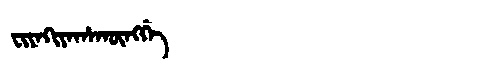
Manchu: ᠸᡳᠶᠠᡴᡳᠶᠠᡥᠠᡴᡡᠩᡤᡝ
Romanization: FIYAKIYAHAKŪNGGE